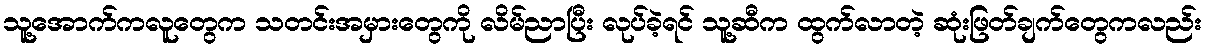
သူ့အောက်ကလူတွေက သတင်းအမှားတွေကို လိမ်ညာပြီး လုပ်ခဲ့ရင် သူ့ဆီက ထွက်လာတဲ့ ဆုံးဖြတ်ချက်တွေကလည်း